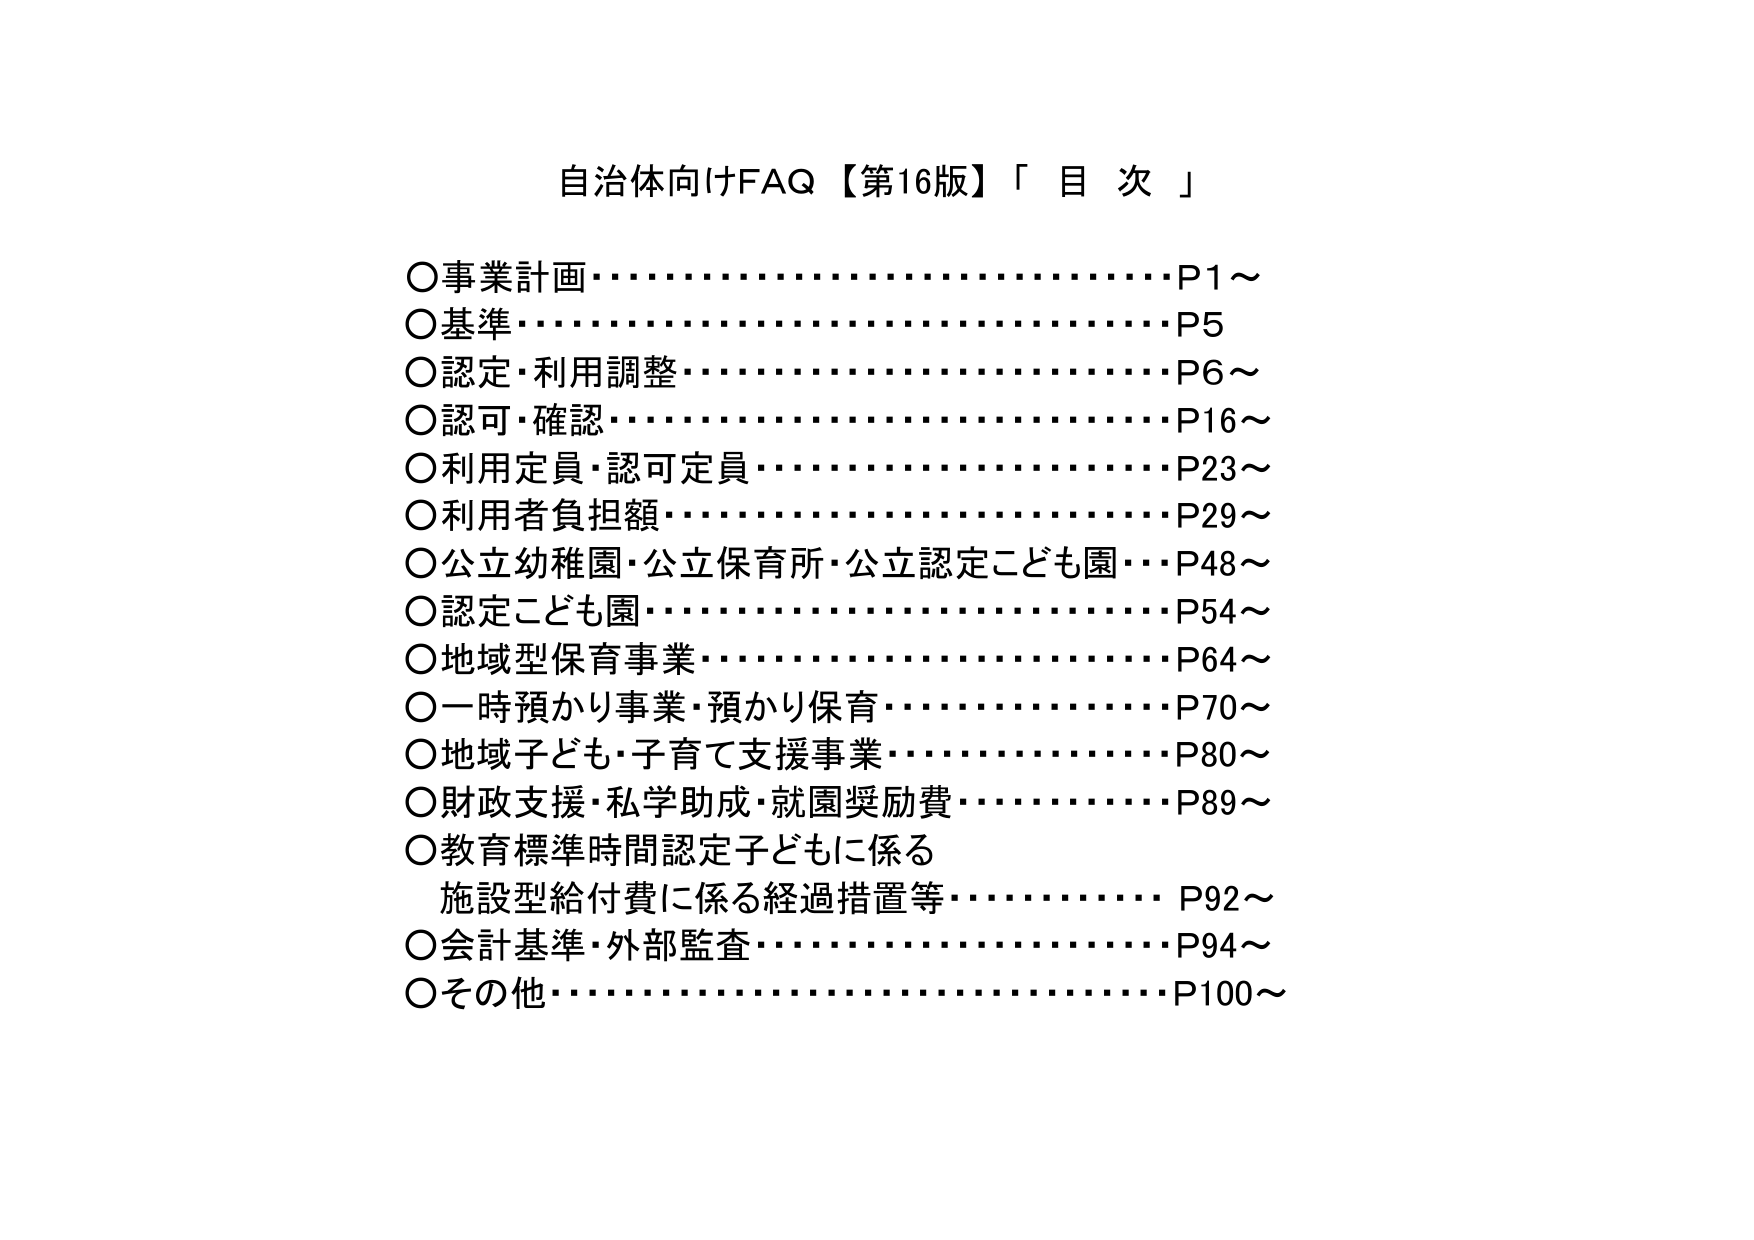
自治体向けFAQ【第16版】「目次」

○事業計画……………………………………P1～
○基準…………………………………………P5
○認定・利用調整……………………………P6～
○認可・確認…………………………………P16～
○利用定員・認可定員………………………P23～
○利用者負担額………………………………P29～
○公立幼稚園・公立保育所・公立認定こども園…P48～
○認定こども園………………………………P54～
○地域型保育事業……………………………P64～
○一時預かり事業・預かり保育………………P70～
○地域子ども・子育て支援事業………………P80～
○財政支援・私学助成・就園奨励費…………P89～
○教育標準時間認定子どもに係る
　施設型給付費に係る経過措置等……………P92～
○会計基準・外部監査………………………P94～
○その他………………………………………P100～